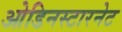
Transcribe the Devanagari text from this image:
ओडिनस्टारनेट